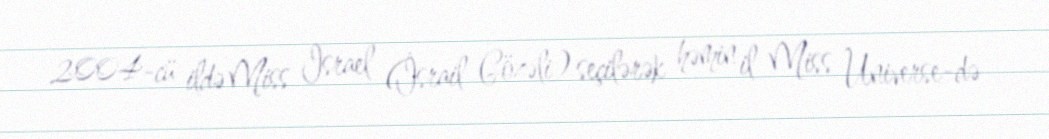
2004-cü ildə Miss Israel (İsrail Gözəli) seçilərək həmin il Miss Universe-də